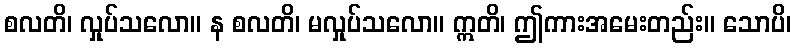
စလတိ၊ လှုပ်သလော။ န စလတိ၊ မလှုပ်သလော။ ဣတိ၊ ဤကားအမေးတည်း။ သောပိ၊